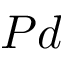
P d